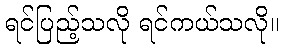
ရင်ပြည့်သလို ရင်ကယ်သလို။